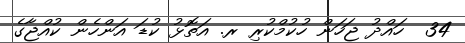
34  ހައްދު ޖަހަން ހުކުމްކުރި ރ. އަތޮޅު ކުޑަ އަންހެން ކުއްޖާގެ